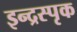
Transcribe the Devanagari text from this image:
इन्द्रस्पृक